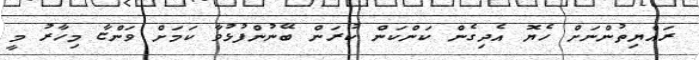
ރައްޔިތުންނަށް ހެޔޮ އެދިގެން ކަންކަން ކުރަން ބޭނުންފުޅުވާ ކަމަށް ވަންޏާ މިހާރު މީ